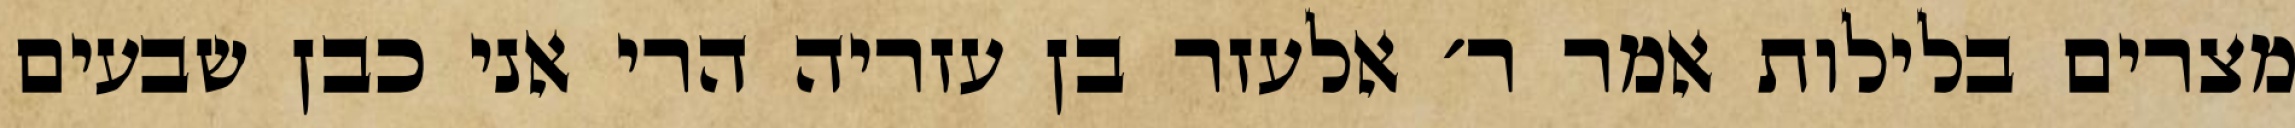
מצרים בלילות אמר ר׳ אלעזר בן עזריה הרי אני כבן שבעים